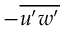
- \overline { { u ^ { \prime } w ^ { \prime } } }